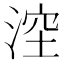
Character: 𣷆